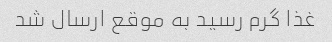
غذا گرم رسید به موقع ارسال شد